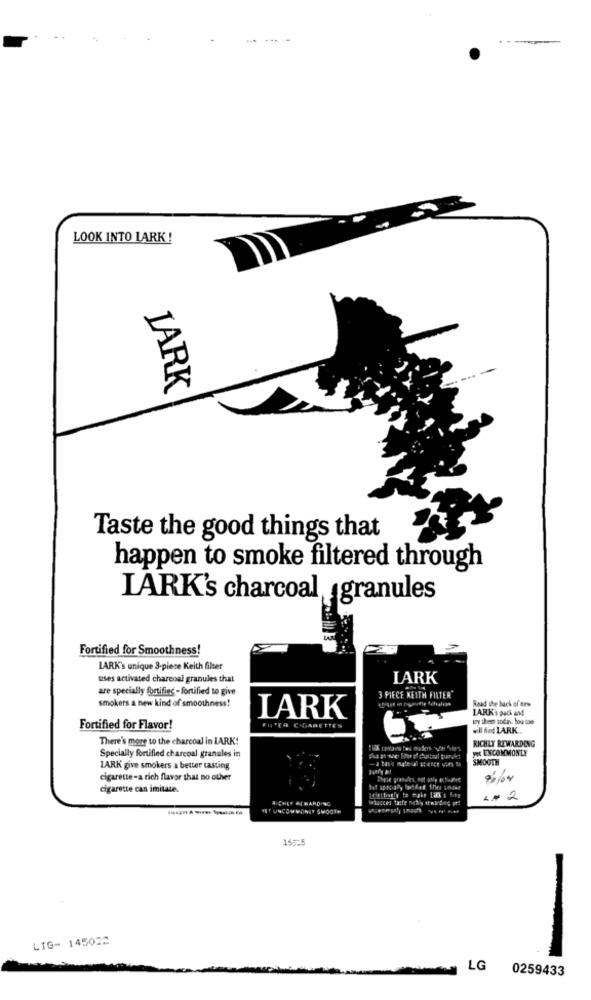
LOOK INTO LARK !
JARK
Taste the good things that
happen to smoke filtered through
LARK's charcoal granules
Fortified for Smoothness!
LARK's unique 3-piece Keith filter
uses activated charcoal granules that
LARK
are specially fortifies - fortified to give
smokers a new kind of smoothness!
3 PIECE KEITH FILTER
Read the back of tes
LARKs pack and
LARK
wy them indn. hou toe
Fortified for Flavor!
FILTER CIGARETTES
Il ind LARK.
There's more to the charcoal in LARK!
RICHLY REWARDING
yes UNCOMMONLY
Specially fortified charcoal granules in
SMOOTH
LARK give smokers a better tasting
cigarette-a rich flavor that no ouhver
90/04
cigarette can imitate.
ICHET ALWARDING
-- 2
-
LIG- 145022
LG
0259433